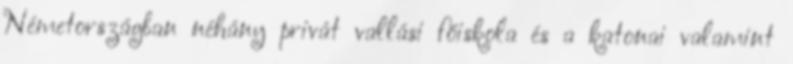
Németországban néhány privát vallási főiskola és a katonai valamint